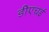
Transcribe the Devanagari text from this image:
डीएचई